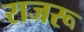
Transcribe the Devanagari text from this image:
राजरू